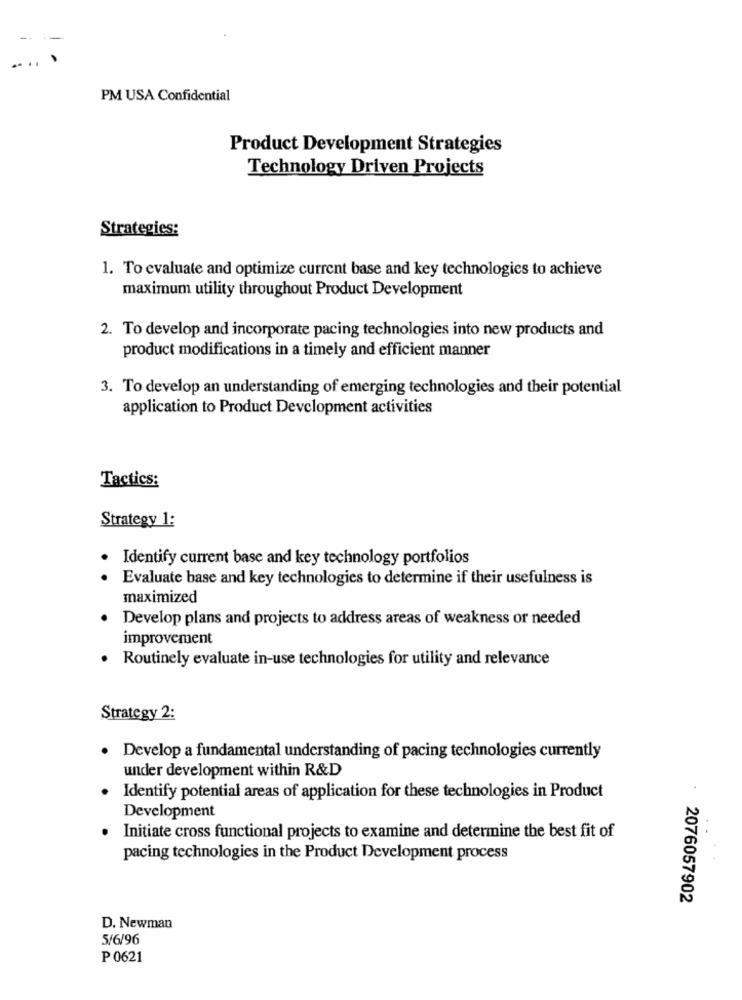
-
--
PM USA Confidential
Product Development Strategies
Technology Driven Projects
Strategies:
1. To evaluate and optimize current base and key technologies to achieve
maximum utility throughout Product Development
2. To develop and incorporate pacing technologies into new products and
product modifications in a timely and efficient manner
3. To develop an understanding of emerging technologies and their potential
application to Product Development activities
Tactics:
Strategy 1:
Identify current base and key technology portfolios
Evaluate base and key technologies to determine if their usefulness is
maximized
Develop plans and projects to address areas of weakness or needed
improvement
Routinely evaluate in-use technologies for utility and relevance
Strategy 2:
Develop a fundamental understanding of pacing technologies currently
under development within R&D
Identify potential areas of application for these technologies in Product
Development
Initiate cross functional projects to examine and determine the best fit of
pacing technologies in the Product Development process
2076057902
D. Newman
5/6/96
P 0621